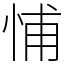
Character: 悑